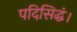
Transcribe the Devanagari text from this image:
पदिसिद्धं।